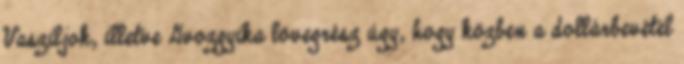
Vasziljok, illetve Gvozgyika lövegrész úgy, hogy közben a dollárbevétel